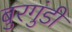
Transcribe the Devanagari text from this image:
बुरगुंडी